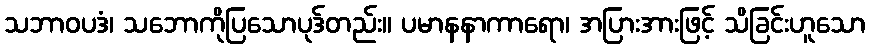
သဘာဝပဒံ၊ သဘောကိုပြသောပုဒ်တည်း။ ပမာနနာကာရော၊ အပြားအားဖြင့် သိခြင်းဟူသော